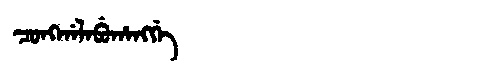
Manchu: ᠴᠣᠩᡤᠠᠯᠠᠪᡠᡥᠠᠩᡤᡝ
Romanization: CONGGALABUHANGGE